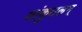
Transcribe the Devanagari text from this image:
शांकुतलम्